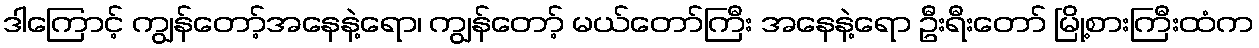
ဒါကြောင့် ကျွန်တော့်အနေနဲ့ရော၊ ကျွန်တော့် မယ်တော်ကြီး အနေနဲ့ရော ဦးရီးတော် မြို့စားကြီးထံက